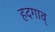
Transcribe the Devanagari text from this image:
हदगाव्